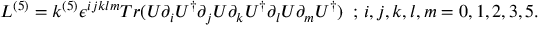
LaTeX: { \cal L } ^ { ( 5 ) } = k ^ { ( 5 ) } \epsilon ^ { i j k l m } T r ( U \partial _ { i } U ^ { \dag } \partial _ { j } U \partial _ { k } U ^ { \dag } \partial _ { l } U \partial _ { m } U ^ { \dag } ) \, \, \, ; \, i , j , k , l , m = 0 , 1 , 2 , 3 , 5 .